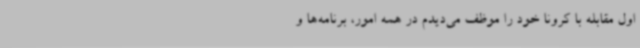
اول مقابله با کرونا خود را موظف می‌دیدم در همه امور، برنامه‌ها و